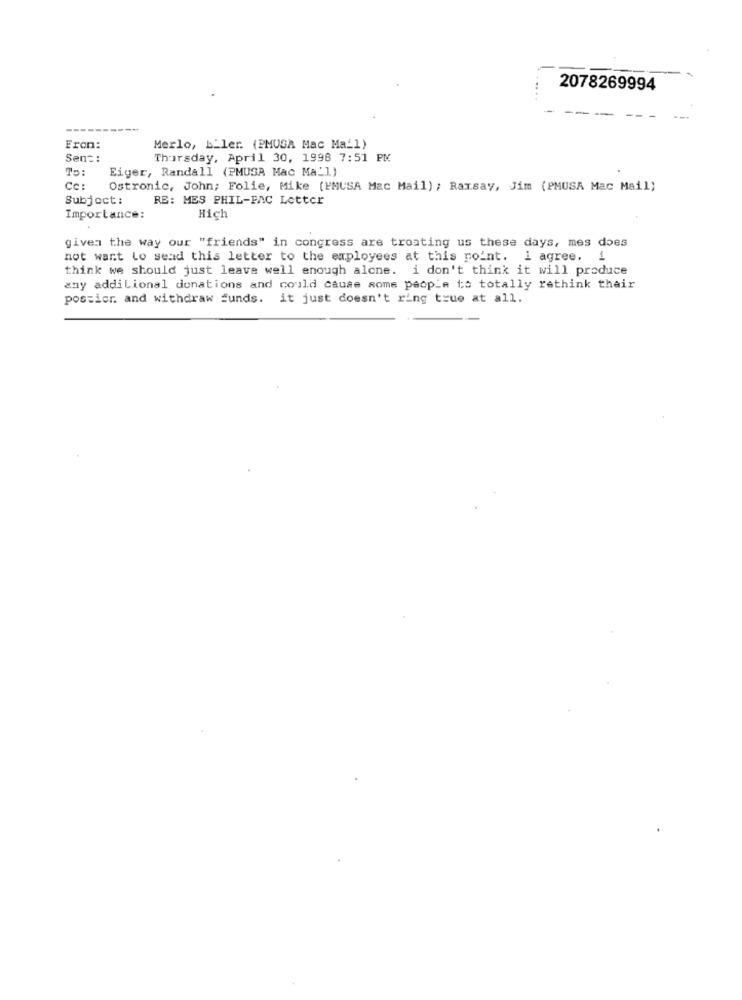
2078269994
Eron:
Merlo, b_ler. (PMUGA Mac Ma_1)
Sent:
Thursday, April 30, 1998 7:51 PM
To:
Eiger, Randall (PMUSA Mac Ma_1)
Cc:
Ostronic, John; Folie, Mike (FMUSA Mac Mail) ; Ramsay, Jim (PMUSA Mac Mail)
Subject:
RE: MES PHIL-FAC Lotter
Importance:
Hich
given the way our "friends" in congress are troating us these days, mes does
not want Lo send this letter to the employees at this point. i agree. 1
think we should just leave well enough alone. i don't think it will produce
any additional donations and could cause some people to totally rethink their
possier and withdraw funds. it just doesn't ring true at all.